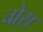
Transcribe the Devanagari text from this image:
चोस